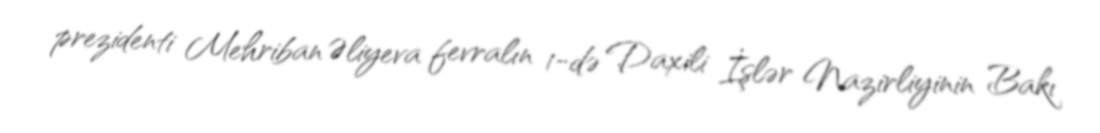
prezidenti Mehriban Əliyeva fevralın 1-də Daxili İşlər Nazirliyinin Bakı